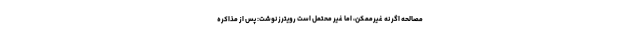
مصالحه اگر نه غیرممکن، اما غیر محتمل است رویترز نوشت: پس از مذاکره